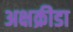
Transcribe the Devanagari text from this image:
अक्षक्रीडा